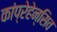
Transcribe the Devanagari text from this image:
कांप्रेहेन्सिव